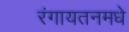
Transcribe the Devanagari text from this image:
रंगायतनमधे